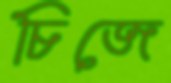
চিজে